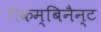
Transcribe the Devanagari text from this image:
रीकम्बिनैन्ट